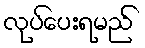
လုပ်ပေးရမည်